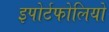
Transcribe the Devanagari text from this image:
इपोर्टफोलियो